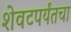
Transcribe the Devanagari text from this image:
शेवटपर्यंतचा